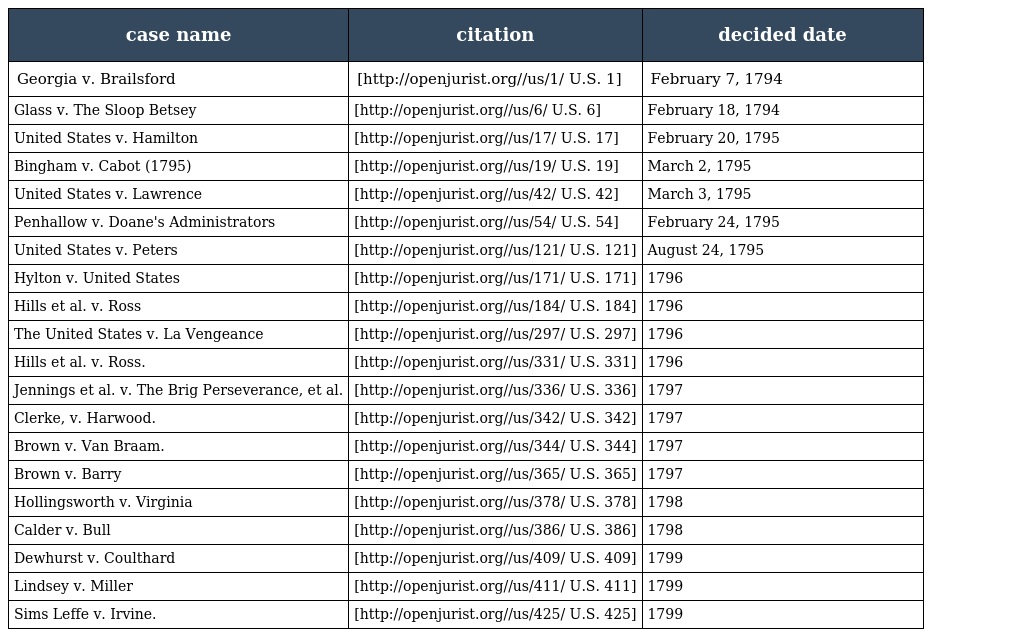
| case name | citation | decided date |
 | --- | --- | --- |
 | Georgia v. Brailsford | [http://openjurist.org//us/1/ U.S. 1] | February 7, 1794 |
 | Glass v. The Sloop Betsey | [http://openjurist.org//us/6/ U.S. 6] | February 18, 1794 |
 | United States v. Hamilton | [http://openjurist.org//us/17/ U.S. 17] | February 20, 1795 |
 | Bingham v. Cabot (1795) | [http://openjurist.org//us/19/ U.S. 19] | March 2, 1795 |
 | United States v. Lawrence | [http://openjurist.org//us/42/ U.S. 42] | March 3, 1795 |
 | Penhallow v. Doane's Administrators | [http://openjurist.org//us/54/ U.S. 54] | February 24, 1795 |
 | United States v. Peters | [http://openjurist.org//us/121/ U.S. 121] | August 24, 1795 |
 | Hylton v. United States | [http://openjurist.org//us/171/ U.S. 171] | 1796 |
 | Hills et al. v. Ross | [http://openjurist.org//us/184/ U.S. 184] | 1796 |
 | The United States v. La Vengeance | [http://openjurist.org//us/297/ U.S. 297] | 1796 |
 | Hills et al. v. Ross. | [http://openjurist.org//us/331/ U.S. 331] | 1796 |
 | Jennings et al. v. The Brig Perseverance, et al. | [http://openjurist.org//us/336/ U.S. 336] | 1797 |
 | Clerke, v. Harwood. | [http://openjurist.org//us/342/ U.S. 342] | 1797 |
 | Brown v. Van Braam. | [http://openjurist.org//us/344/ U.S. 344] | 1797 |
 | Brown v. Barry | [http://openjurist.org//us/365/ U.S. 365] | 1797 |
 | Hollingsworth v. Virginia | [http://openjurist.org//us/378/ U.S. 378] | 1798 |
 | Calder v. Bull | [http://openjurist.org//us/386/ U.S. 386] | 1798 |
 | Dewhurst v. Coulthard | [http://openjurist.org//us/409/ U.S. 409] | 1799 |
 | Lindsey v. Miller | [http://openjurist.org//us/411/ U.S. 411] | 1799 |
 | Sims Leffe v. Irvine. | [http://openjurist.org//us/425/ U.S. 425] | 1799 |